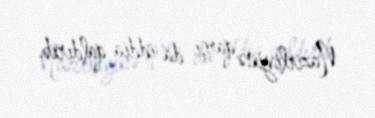
Nazirliyinə qarşı da iddia qaldırıb.